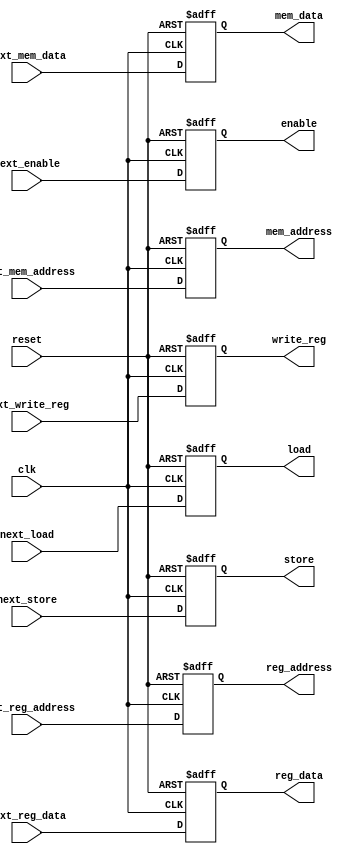
module MEM_register(
  output [31:0] reg_data, mem_data, mem_address, 
  output load, store, write_reg, enable, 
  output [4:0] reg_address, 
  input [31:0] next_reg_data, next_mem_data, next_mem_address, 
  input next_load, next_store, next_write_reg, next_enable, 
  input [4:0] next_reg_address, 
  input clk, reset
  );
  reg [31:0] W_reg_data, W_mem_data, W_mem_address;
  reg W_load, W_store, W_write_reg, W_enable;
  reg [4:0] W_reg_address;
  assign reg_data = W_reg_data;
  assign mem_data = W_mem_data;
  assign mem_address = W_mem_address;
  assign load = W_load;
  assign store = W_store;
  assign write_reg = W_write_reg;
  assign enable = W_enable;
  assign reg_address = W_reg_address;
  always @ (posedge clk or negedge reset) begin
    if(reset == 1'b0) begin
      W_reg_data <= 0;
      W_mem_data <= 0;
      W_mem_address <= 0;
      W_load <= 0;
      W_store <= 0;
      W_write_reg <= 0;
      W_enable <= 0;
      W_reg_address <= 0;
    end
    else begin
      W_reg_data <= next_reg_data;
      W_mem_data <= next_mem_data;
      W_mem_address <= next_mem_address;
      W_load <= next_load;
      W_store <= next_store;
      W_write_reg <= next_write_reg;
      W_enable <= next_enable;
      W_reg_address <= next_reg_address;
    end
  end
endmodule